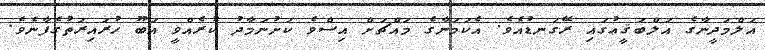
އަލްމަދީނާގެ އަލްބަޤީޢުގައި ރޭގަނޑުއެވެ. އެކަމަނާގެ މައްޗަށް އިސްވެ ކަށުނަމާދު ކުރެއްވީ އަބޫ ހުރައިރަތުގެފާނެވެ.